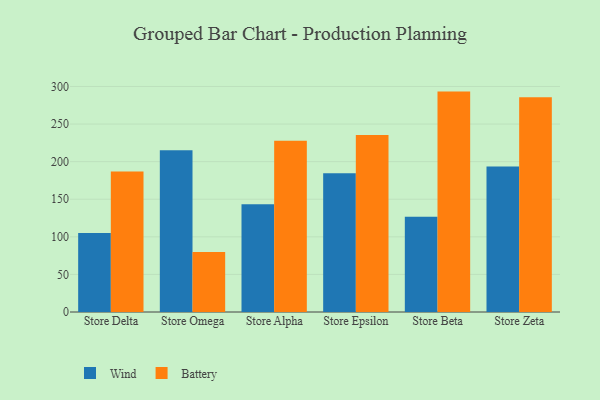
{"axis": {"x": "Store", "y": "Shipments"}, "legend": ["Battery", "Wind"], "data": [{"x": "Store Delta", "y": 105.0, "type": "Wind"}, {"x": "Store Delta", "y": 187.0, "type": "Battery"}, {"x": "Store Omega", "y": 215.3, "type": "Wind"}, {"x": "Store Omega", "y": 79.8, "type": "Battery"}, {"x": "Store Alpha", "y": 143.5, "type": "Wind"}, {"x": "Store Alpha", "y": 227.7, "type": "Battery"}, {"x": "Store Epsilon", "y": 184.7, "type": "Wind"}, {"x": "Store Epsilon", "y": 235.6, "type": "Battery"}, {"x": "Store Beta", "y": 126.6, "type": "Wind"}, {"x": "Store Beta", "y": 293.2, "type": "Battery"}, {"x": "Store Zeta", "y": 193.6, "type": "Wind"}, {"x": "Store Zeta", "y": 285.8, "type": "Battery"}]}